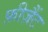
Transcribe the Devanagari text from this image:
फ़ीज़ैंट